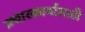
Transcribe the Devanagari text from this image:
प्रचारकार्यासाठी